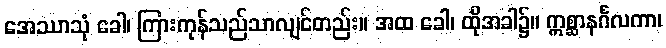
အေဿာသုံ ခေါ၊ ကြားကုန်သည်သာလျင်တည်း။ အထ ခေါ၊ ထိုအခါ၌။ ဣစ္ဆာနင်္ဂလကာ၊